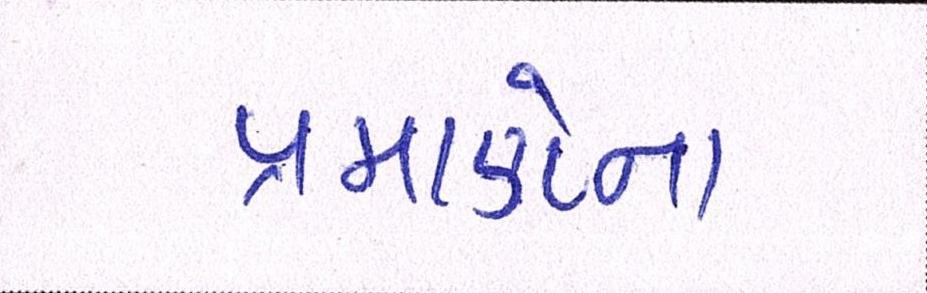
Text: પ્રમાણેના